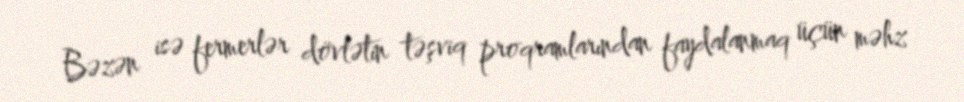
Bəzən isə fermerlər dövlətin təşviq proqramlarından faydalanmaq üçün məhz